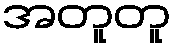
အတူတူ